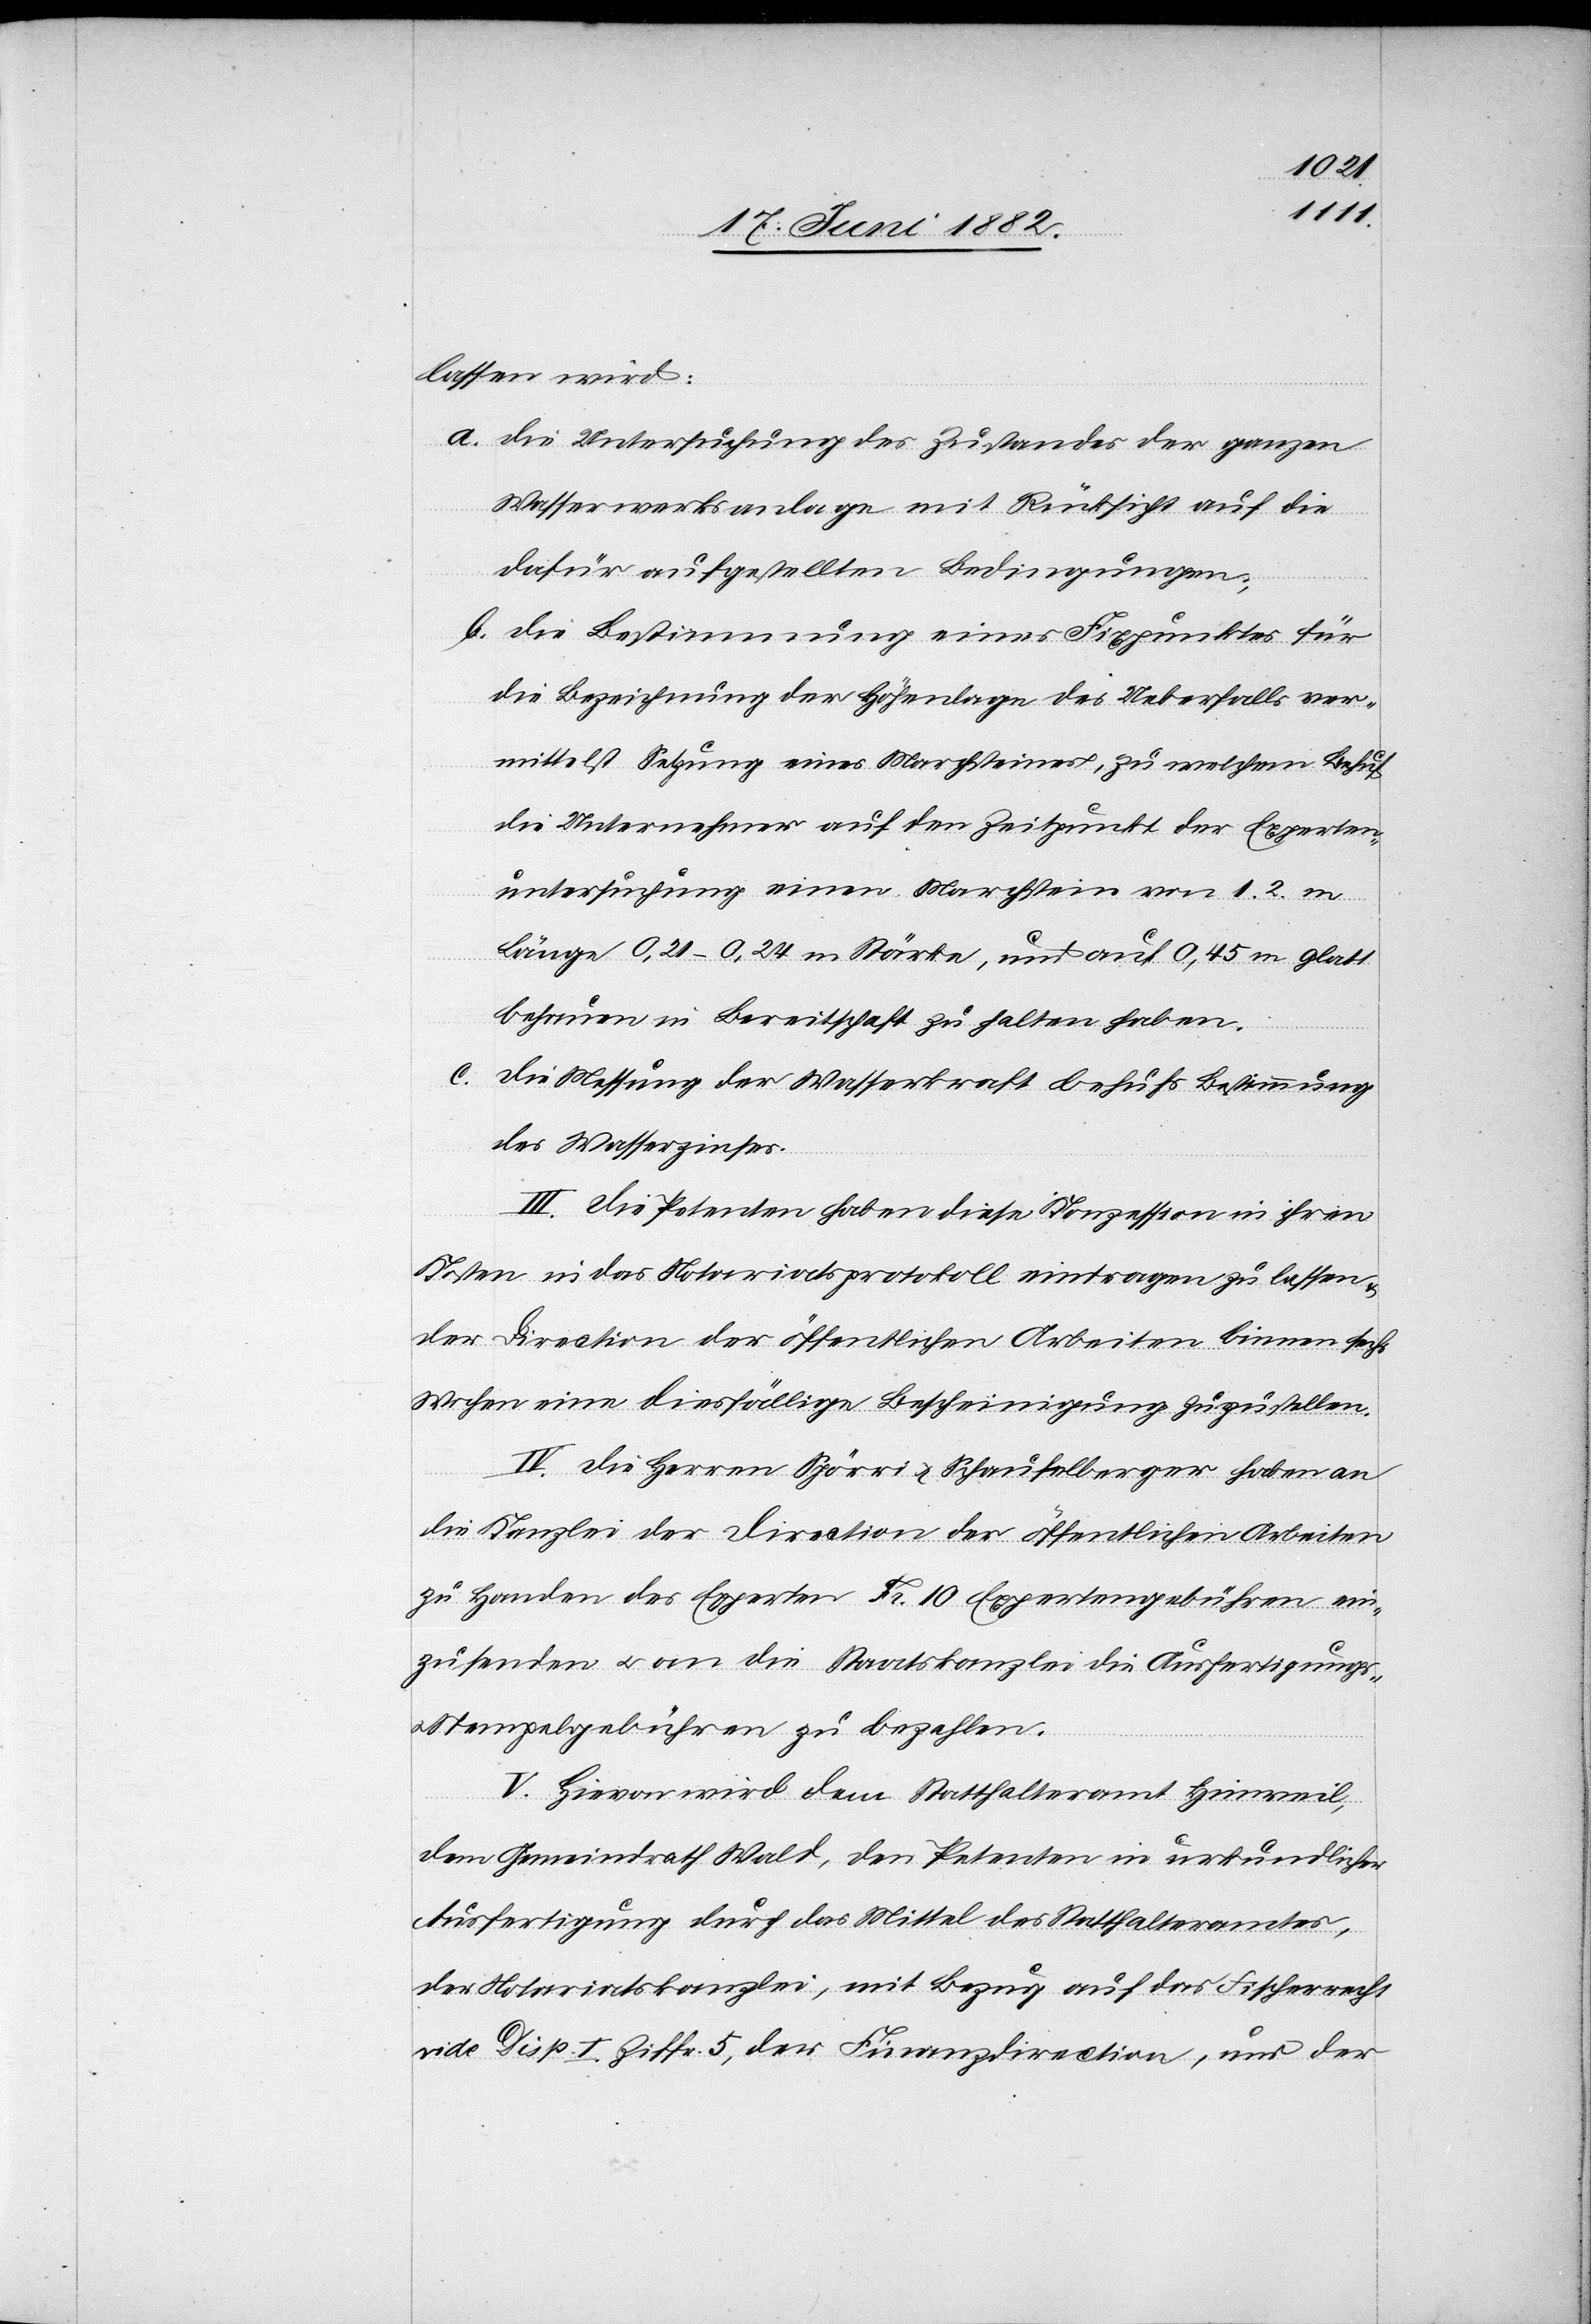
lassen wird:
a. Die Untersuchung des Zustandes der ganzen
Wasserwerksanlage mit Rücksicht auf die
dafür aufgestellten Bedingungen;
b. Die Bestimmung eines Fixpunktes für
die Bezeichnung der Höhenlage des Ueberfalls ver¬
mittelst Setzung eines Machsteines, zu welchem Behuf
die Unternehmer auf den Zeitpunkt der Experten¬
untersuchung einen Marchstein von 1.2 m
Länge, 0,21–0,24 m Stärke, und auf 0,45 m glatt
behauen in Bereitschaft zu halten haben.
c.
Die Messung der Wasserkraft behufs Bestimmung
des Wasserzinses.
III. Die Petenten haben diese Konzession in ihren
Kosten in das Notariatsprotokoll eintrage zu lassen
der Direction der öffentlichen Arbeiten binnen sechs
Wochen eine diesfällige Bescheinigung zuzustellen.
IV. Die Herren Spörri & Schaufelberger haben an
die Kanzlei der Direction der öffentlichen Arbeiten
zu Handen des Experten Fr. 10 Expertengebühren ein¬
zusenden u. an die Staatskanzlei die Ausfertigungs-
Stempelgebühren zu bezahlen.
V. Hievon wird dem Statthalteramt Hinweil,
dem Gemeindrath Wald, den Petenten in urkundlicher
Ausfertigung durch das Mittel des Statthalteramtes,
der Notariatskanzlei, mit Bezug auf das Fischerrecht
vide Disp. I Ziffr. 5, der Finanzdirection, und der